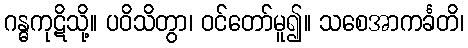
ဂန္ဓကုဋိသို့။ ပဝိသိတွာ၊ ဝင်တော်မူ၍။ သစေအာကင်္ခတိ၊